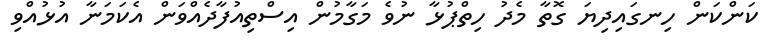
ކަންކަން ހިނގައިދިޔަ ގޮތާ މެދު ހިތްޕުޅާ ނުވެ މަގާމުން އިސްތިއުފާދެއްވަން އެކަމަނާ އުޅުއްވި